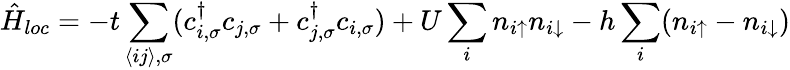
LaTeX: \hat{H}_{loc}=-t\sum_{\langle ij\rangle,\sigma}(c_{i,\sigma}^{\dagger}c_{j,\sigma}+c_{j,\sigma}^{\dagger}c_{i,\sigma})+U\sum_{i}n_{i\uparrow}n_{i\downarrow}-h\sum_{i}(n_{i\uparrow}-n_{i\downarrow})